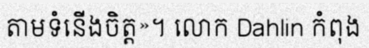
តាមទំនើងចិត្ត»។ លោក Dahlin កំពុង